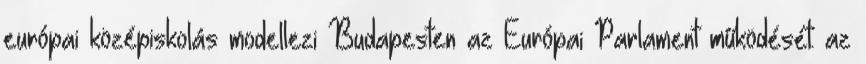
európai középiskolás modellezi Budapesten az Európai Parlament működését: az